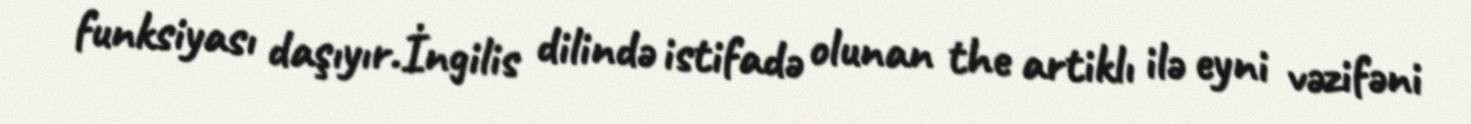
funksiyası daşıyır.İngilis dilində istifadə olunan the artiklı ilə eyni vəzifəni